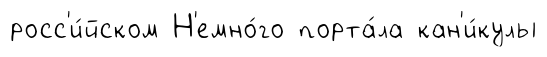
росс'и́йском Н'емно́го порта́ла кан'и́кулы